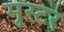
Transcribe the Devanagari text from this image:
मूस्टर